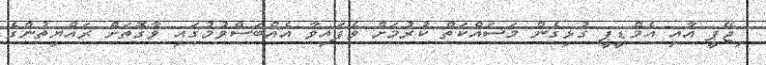
ިޖޭޕީ އާއި އެމްޑީޕީ ގުޅިގެން މަސައްކަތް ކުރުމަށް ވެފައިވާ އެއްބަސްވުމުގައި ވާގޮތަށް ރައްޔިތުންގެ